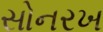
સોનરખ